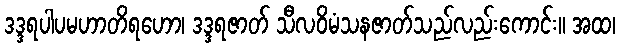
ဒဒ္ဒရပါပမဟာတိရဟော၊ ဒဒ္ဒရဇာတ် သီလဝိမံသနဇာတ်သည်လည်းကောင်း။ အထ၊